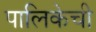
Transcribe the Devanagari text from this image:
पालिकेची